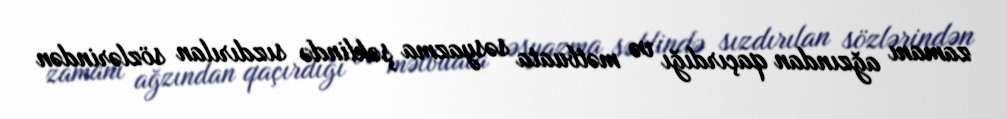
zamanı ağzından qaçırdığı və mətbuata səsyazma şəklində sızdırılan sözlərindən